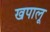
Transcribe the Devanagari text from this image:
खपालू